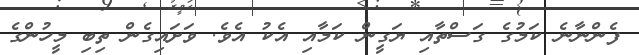
ފެންނާނެ ކަމުގެ ގަސްތާއި ޔަގީން ކަމާއި އެކު އެވެ. ވަށައިގެން ތިބި މީހުންގެ